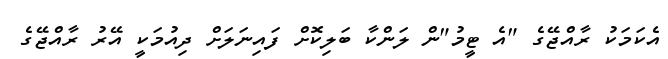
އެކަމަކު ރާއްޖޭގެ "އެ ޓީމު"ން ލަންކާ ބަލިކޮށް ފައިނަލަށް ދިއުމަކީ އޭރު ރާއްޖޭގެ